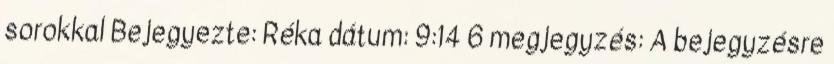
sorokkal Bejegyezte: Réka dátum: 9:14 6 megjegyzés: A bejegyzésre